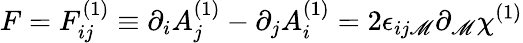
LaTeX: F=F_{ij}^{(1)}\equiv\partial_{i}A_{j}^{(1)}-\partial_{j}A_{i}^{(1)}=2\epsilon_{ij\mathscr{M}}\partial_{\mathscr{M}}\chi^{(1)}